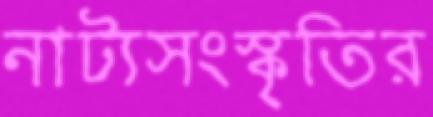
নাট্যসংস্কৃতির